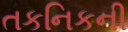
તકનિકની